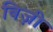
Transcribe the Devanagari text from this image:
बिज़ी